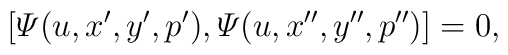
[{\mit\Psi}(u,x',y',p'),{\mit\Psi}(u,x'',y'',p'')]=0,